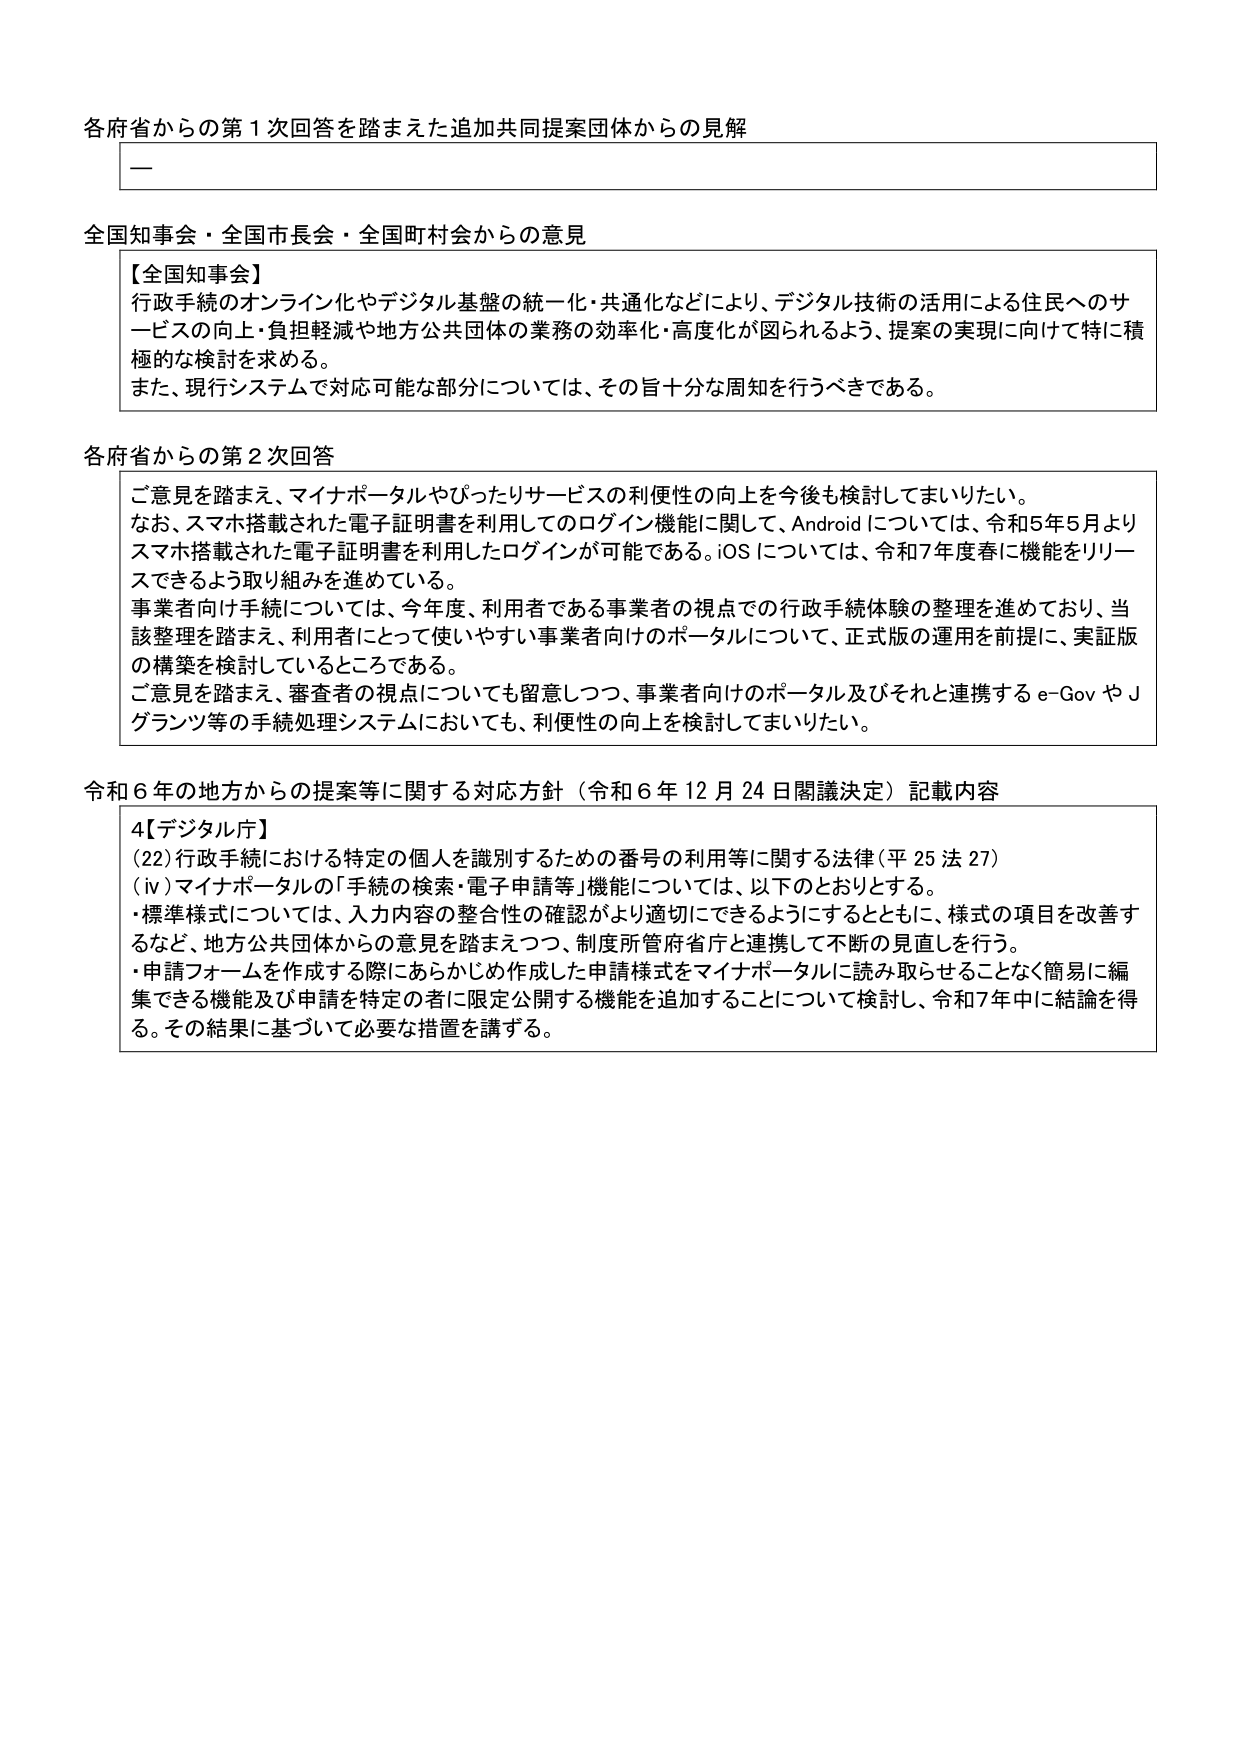
各府省からの第１次回答を踏まえた追加共同提案団体からの見解

一

全国知事会・全国市長会・全国町村会からの意見

【全国知事会】
行政手続のオンライン化やデジタル基盤の統一・共通化などにより、デジタル技術の活用による住民へのサービスの向上・負担軽減や地方公共団体の業務の効率化・高度化が図られるよう、提案の実現に向けて特に積極的な検討を求める。
また、現行システムで対応可能な部分については、その旨十分な周知を行うべきである。

各府省からの第２次回答

ご意見を踏まえ、マイナポータルやぴったりサービスの利便性の向上を今後も検討してまいりたい。
なお、スマホ搭載された電子証明書を利用したログイン機能に関して、Android については、令和5年5月よりスマホ搭載された電子証明書を利用したログインが可能である。iOS については、令和7年度春に機能をリリースできるよう取り組みを進めている。
事業者向け手続については、今年度、利用者である事業者の視点での行政手続体験の整理を進めており、当該整理を踏まえ、利用者にとって使いやすい事業者向けのポータルについて、正式版の運用を前提に、実証版の構築を検討しているところである。
ご意見を踏まえ、審査者の視点にについても留意しつつ、事業者向けのポータル及びそれと連携する e-Gov や Jグランツ等の手続処理システムにおいても、利便性の向上を検討してまいりたい。

令和６年の地方からの提案等に関する対応方針（令和６年12月24日閣議決定）記載内容

4【デジタル庁】
(22) 行政手続における特定の個人を識別するための番号の利用等に関する法律（平25法27）
(iv) マイナポータルの「手続の検索・電子申請等」機能については、以下のとおりとする。
・標準様式については、入力内容の整合性の確認がより適切にできるようにするとともに、様式の項目を改善するなど、地方公共団体からの意見を踏まえつつ、制度所管府省庁と連携して不断の見直しを行う。
・申請フォームを作成する際にあらかじめ作成した申請様式をマイナポータルに読み取らせることなく簡易に編集できる機能及び申請を特定の者に限定公開する機能を追加することについて検討し、令和7年中に結論を得る。その結果に基づいて必要な措置を講ずる。